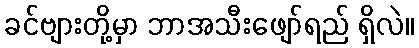
ခင်ဗျားတို့မှာ ဘာအသီးဖျော်ရည် ရှိလဲ။